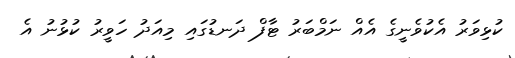
ކުޅިވަރު އެކުވެނީގެ އެއް ނަމްބަރު ޓާފް ދަނޑުގައި މިއަދު ހަވީރު ކުޅުނު އެ